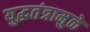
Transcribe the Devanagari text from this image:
युद्धतंत्रामुळे